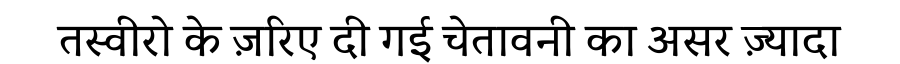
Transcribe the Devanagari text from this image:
तस्वीरो के ज़रिए दी गई चेतावनी का असर ज़्यादा